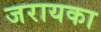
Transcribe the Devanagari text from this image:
जरायका